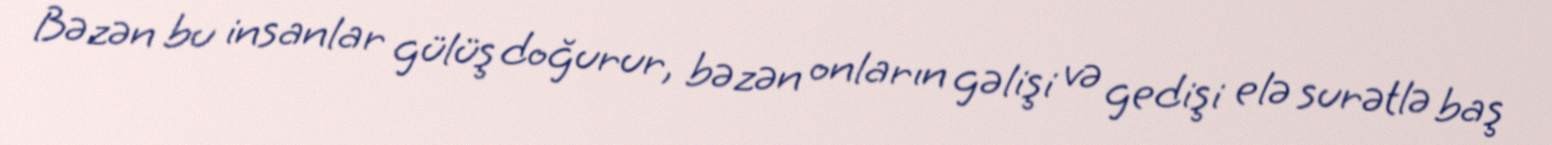
Bəzən bu insanlar gülüş doğurur, bəzən onların gəlişi və gedişi elə surətlə baş